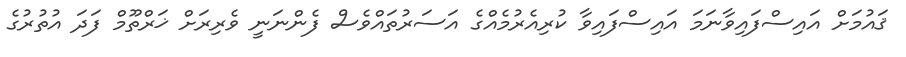
ޤައުމަށް އައިސްފައިވާނަމަ އައިސްފައިވާ ކުރިއެރުމެއްގެ އަސަރުތައްވެސް ފެންނަނީ ވެރިރަށް ޚަރްތޫމް ފަދަ އުތުރުގެ